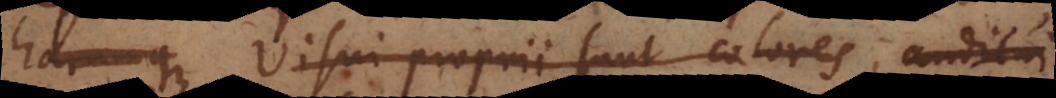
harumque. Visui proprii sunt colores, aud